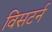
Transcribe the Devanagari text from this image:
विसटर्न